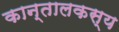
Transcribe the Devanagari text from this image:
कान्तालकस्य